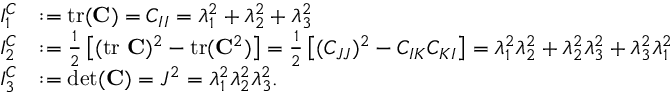
{ \begin{array} { r l } { I _ { 1 } ^ { C } } & { : = { \mathrm { t r } } ( \mathbf { C } ) = C _ { I I } = \lambda _ { 1 } ^ { 2 } + \lambda _ { 2 } ^ { 2 } + \lambda _ { 3 } ^ { 2 } } \\ { I _ { 2 } ^ { C } } & { : = { \frac { 1 } { 2 } } \left[ ( { \mathrm { t r } } ~ \mathbf { C } ) ^ { 2 } - { \mathrm { t r } } ( \mathbf { C } ^ { 2 } ) \right] = { \frac { 1 } { 2 } } \left[ ( C _ { J J } ) ^ { 2 } - C _ { I K } C _ { K I } \right] = \lambda _ { 1 } ^ { 2 } \lambda _ { 2 } ^ { 2 } + \lambda _ { 2 } ^ { 2 } \lambda _ { 3 } ^ { 2 } + \lambda _ { 3 } ^ { 2 } \lambda _ { 1 } ^ { 2 } } \\ { I _ { 3 } ^ { C } } & { : = \operatorname* { d e t } ( \mathbf { C } ) = J ^ { 2 } = \lambda _ { 1 } ^ { 2 } \lambda _ { 2 } ^ { 2 } \lambda _ { 3 } ^ { 2 } . } \end{array} }